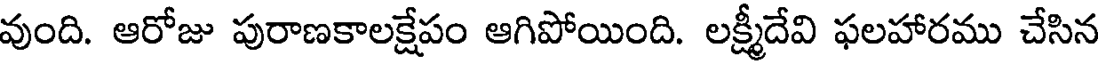
వుంది. ఆరోజు పురాణకాలక్షేపం ఆగిపోయింది. లక్ష్మీదేవి ఫలహారము చేసిన